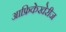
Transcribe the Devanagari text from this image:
आफ्रिकेखेरीज